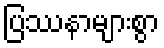
ပြဿနာများစွာ